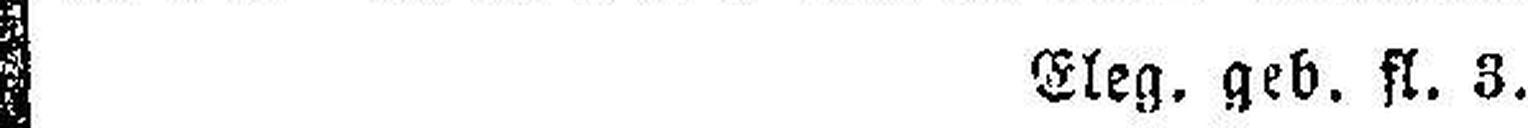
Eleg. geb. fl. 3.